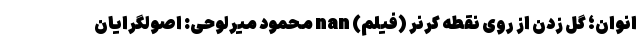
انوان؛ گل زدن از روی نقطه کرنر (فیلم) nan محمود ميرلوحى: اصولگرایان